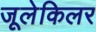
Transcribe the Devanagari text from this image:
जूलेकिलर